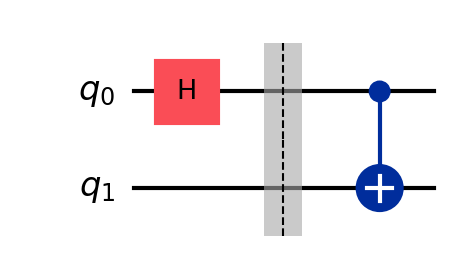
Description: Bell state with visual barrier (same unitary)
描述: 带视觉屏障的Bell态（相同酉矩阵）
Category: visual_variants (difficulty: basic)
Qubits: 2, circuit depth: 2

Braket implementation:
from braket.circuits import Circuit
circuit = Circuit().h(0).cnot(0, 1)